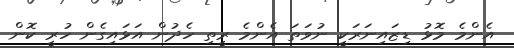
އެންމެ މޮޅު ޑިޒައިނަރަކީ ނުވަތަ އެންމެ ރީތި ހެދުން އަޅައިގެން ހުރީ ކޮން